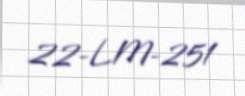
22-LM-251